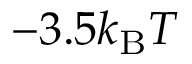
- 3 . 5 k _ { \mathrm { B } } T